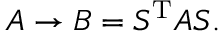
A \to B = S ^ { \mathrm { T } } A S .